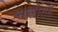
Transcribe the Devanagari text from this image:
सालीसह